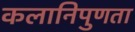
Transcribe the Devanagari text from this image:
कलानिपुणता